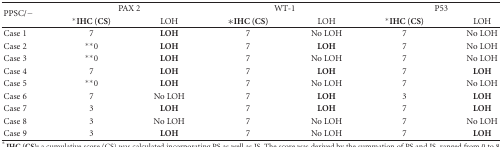
<table><thead><tr><td rowspan="2"><b>PPSC/−</b></td><td colspan="2"><b>PAX 2</b></td><td colspan="2"><b>WT-1</b></td><td colspan="2"><b>P53</b></td></tr><tr><td><b>*IHC (CS)</b></td><td><b> LOH</b></td><td><b>∗IHC (CS)</b></td><td><b> LOH</b></td><td><b>*IHC (CS)</b></td><td><b> LOH</b></td></tr></thead><tbody><tr><td>Case 1</td><td>7</td><td><b>LOH</b></td><td>7</td><td>No LOH</td><td>7</td><td>No LOH</td></tr><tr><td>Case 2</td><td>**0</td><td><b>LOH</b></td><td>7</td><td><b>LOH</b></td><td>7</td><td>No LOH</td></tr><tr><td>Case 3</td><td>**0</td><td><b>LOH</b></td><td>7</td><td>No LOH</td><td>7</td><td>No LOH</td></tr><tr><td>Case 4</td><td>7</td><td><b>LOH</b></td><td>7</td><td><b>LOH</b></td><td>7</td><td><b>LOH</b></td></tr><tr><td>Case 5</td><td>**0</td><td><b>LOH</b></td><td>7</td><td>No LOH</td><td>7</td><td>No LOH</td></tr><tr><td>Case 6</td><td>7</td><td>No LOH</td><td>7</td><td><b>LOH</b></td><td>3</td><td><b>LOH</b></td></tr><tr><td>Case 7</td><td>3</td><td><b>LOH</b></td><td>7</td><td><b>LOH</b></td><td>7</td><td><b>LOH</b></td></tr><tr><td>Case 8</td><td>3</td><td>No LOH</td><td>7</td><td>No LOH</td><td>7</td><td>No LOH</td></tr><tr><td>Case 9</td><td>3</td><td><b>LOH</b></td><td>7</td><td>No LOH</td><td>7</td><td><b>LOH</b></td></tr></tbody></table>